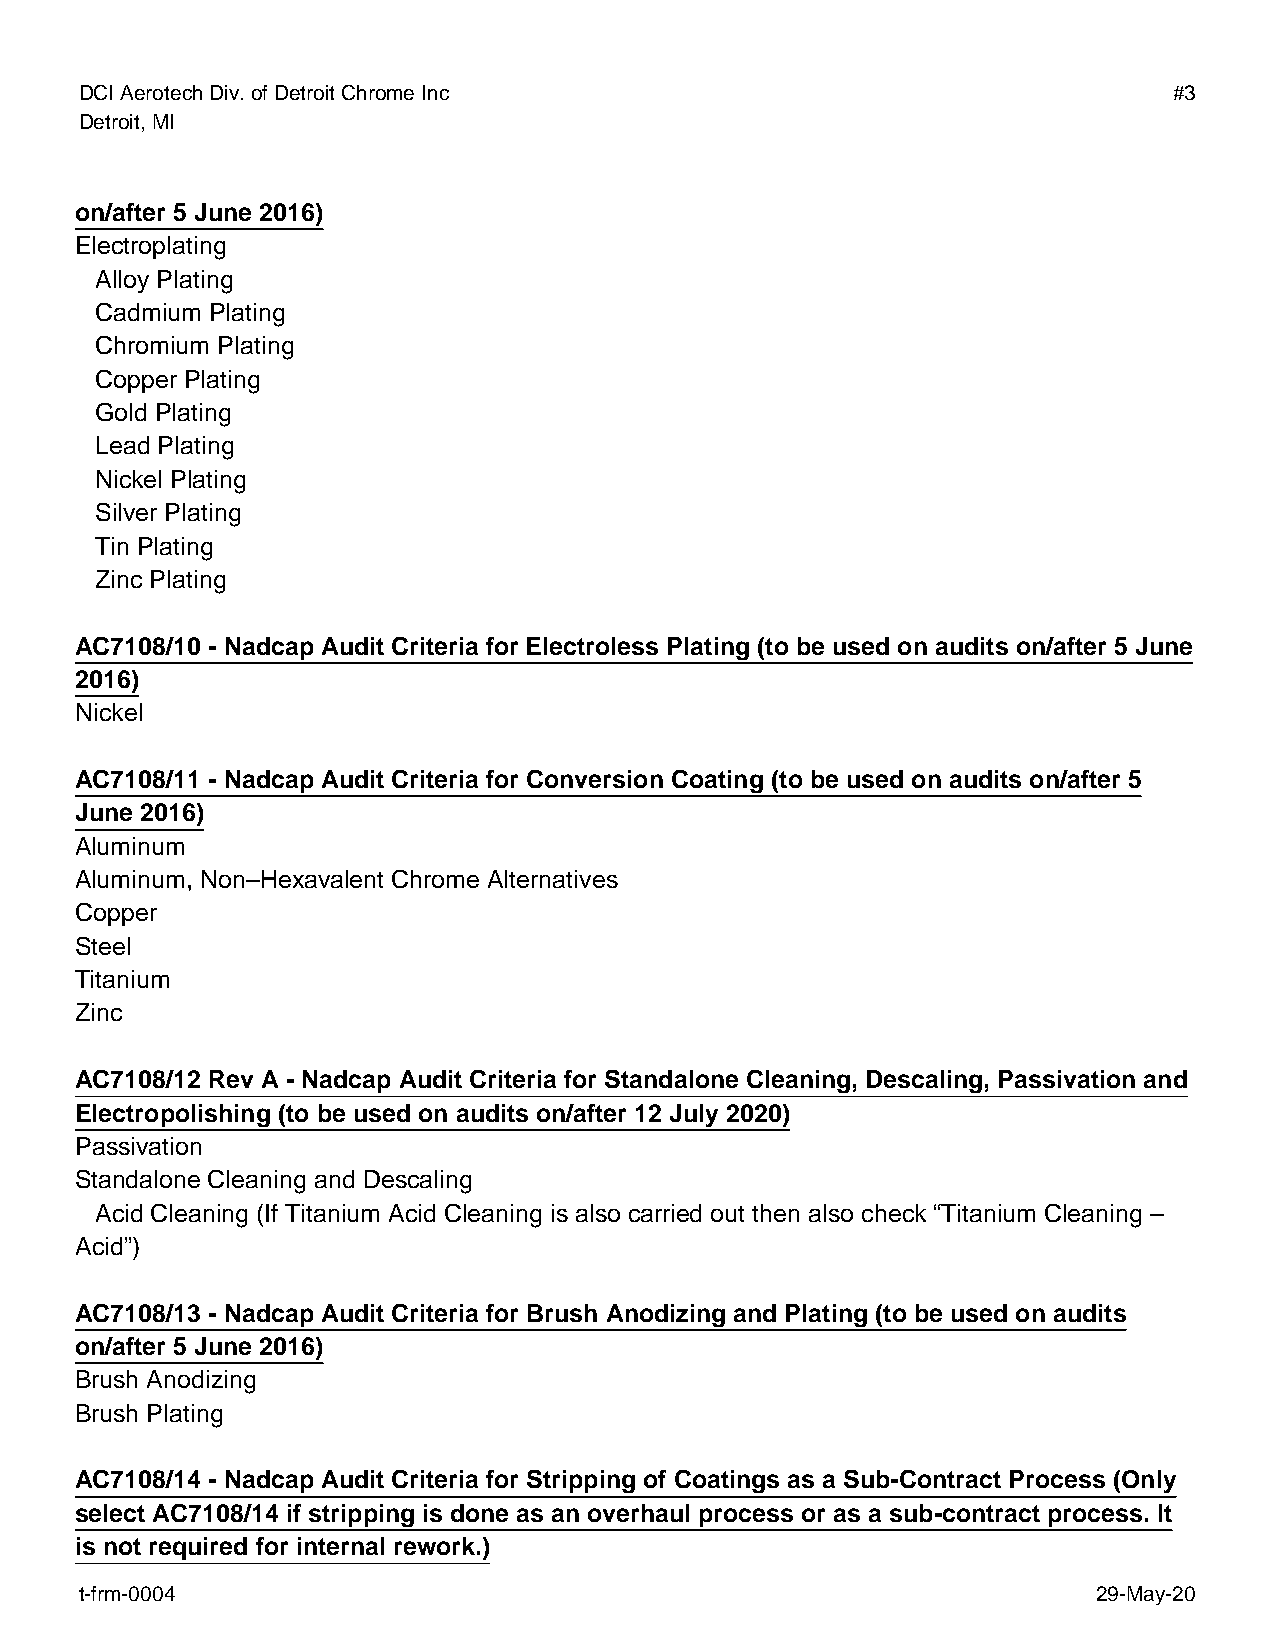
DCI Aerotech Div. of Detroit Chrome Inc                                  #3
 Detroit, MI
 on/after 5 June 2016)
 Electroplating
 Alloy Plating
 Cadmium Plating
 Chromium Plating
 Copper Plating
 Gold Plating
 Lead Plating
 Nickel Plating
 Silver Plating
 Tin Plating
 Zinc Plating
 AC7108/10 - Nadcap Audit Criteria for Electroless Plating (to be used on audits on/after 5 June
 2016)
 Nickel
 AC7108/11 - Nadcap Audit Criteria for Conversion Coating (to be used on audits on/after 5
 June 2016)
 Aluminum
 Aluminum, Non–Hexavalent Chrome Alternatives
 Copper
 Steel
 Titanium
 Zinc
 AC7108/12 Rev A - Nadcap Audit Criteria for Standalone Cleaning, Descaling, Passivation and
 Electropolishing (to be used on audits on/after 12 July 2020)
 Passivation
 Standalone Cleaning and Descaling
 Acid Cleaning (If Titanium Acid Cleaning is also carried out then also check “Titanium Cleaning –
 Acid”)
 AC7108/13 - Nadcap Audit Criteria for Brush Anodizing and Plating (to be used on audits
 on/after 5 June 2016)
 Brush Anodizing
 Brush Plating
 AC7108/14 - Nadcap Audit Criteria for Stripping of Coatings as a Sub-Contract Process (Only
 select AC7108/14 if stripping is done as an overhaul process or as a sub-contract process. It
 is not required for internal rework.)
 t-frm-0004                                                          29-May-20